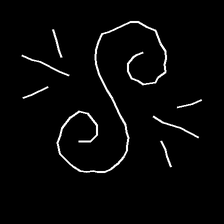
Glyph: wind-directs-air